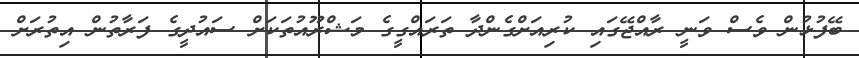
ބޭފުޅުން ވެސް ވަނީ ރާއްޖޭގައި ކުރިއަށްގެންދާ ތަރައްގީގެ މަޝްރޫއުތަކަށް ސައުދީގެ ފަރާތުން އިތުރަށް